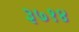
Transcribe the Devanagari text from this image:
३७१४